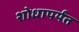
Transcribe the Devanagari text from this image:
शोधापर्यंत